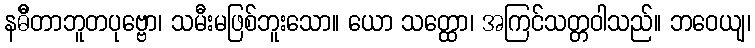
နဓိီတာဘူတပုဗ္ဗော၊ သမီးမဖြစ်ဘူးသော။ ယော သတ္ထော၊ အကြင်သတ္တဝါသည်။ ဘဝေယျ၊